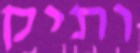
ותיק